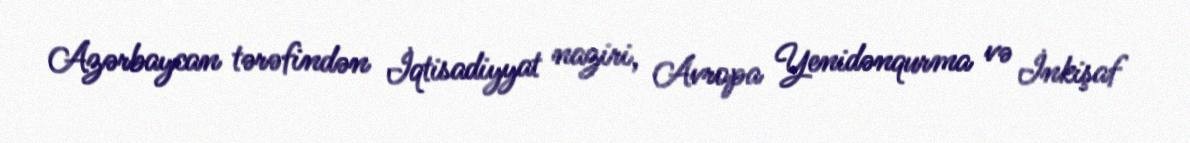
Azərbaycan tərəfindən İqtisadiyyat naziri, Avropa Yenidənqurma və İnkişaf